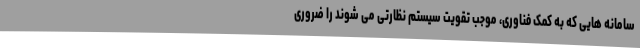
سامانه هایی که به کمک فناوری، موجب تقویت سیستم نظارتی می شوند را ضروری